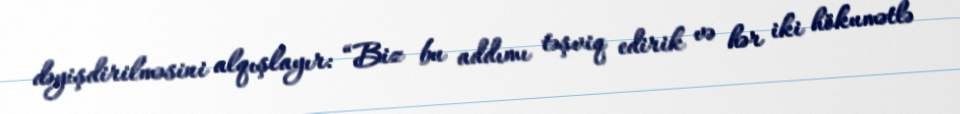
dəyişdirilməsini alqışlayır: “Biz bu addımı təşviq edirik və hər iki hökumətlə